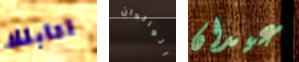
اقابلك الوالدان عيدان